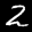
Label: 2